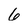
Character: 6